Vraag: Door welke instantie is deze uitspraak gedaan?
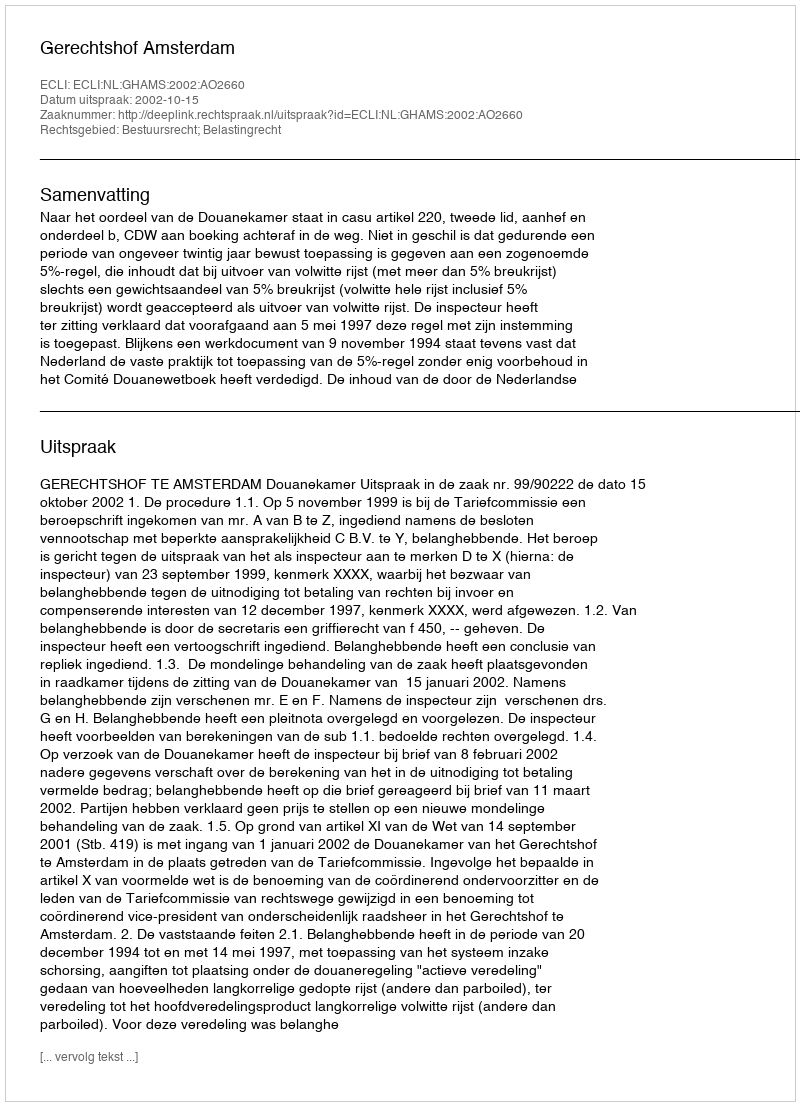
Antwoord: Gerechtshof Amsterdam